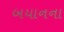
બયાનના